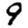
Digit: 9